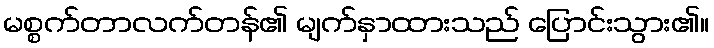
မစ္စက်တာလက်တန်၏ မျက်နှာထားသည် ပြောင်းသွား၏။